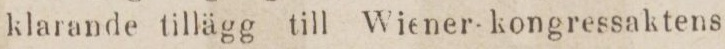
klarande tillägg till Wiener-kongressaktens